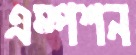
এম্পশন